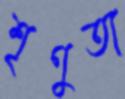
শৃণুতা